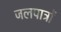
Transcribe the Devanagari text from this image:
जलपात्रों